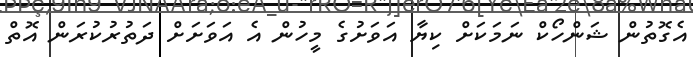
އެގޮތުން ޝަންހޯކް ނަމަކަށް ކިޔާ އަވަށުގެ މީހުން އެ އަވަށަށް ދަތުރުކުރަން އޮތް